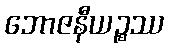
ဘောဇနီယဉ္စဿ